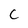
Character: c